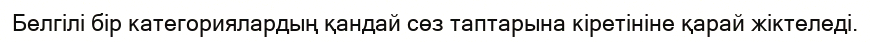
Белгілі бір категориялардың қандай сөз таптарына кіретініне қарай жіктеледі.